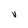
Character: V